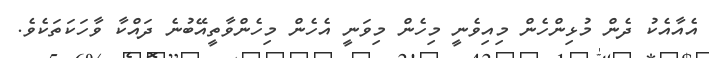
އެއާއެކު ދެން މުޅިންހެން މިއިވެނީ މިހެން މިވަނީ އެހެން މިހެންވާތީއޭބުނެ ދައްކާ ވާހަކަތަކެވެ.